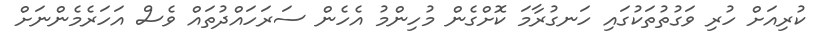
ކުރިއަށް ހުރި ވަގުތުތަކުގައި ހަނގުރާމަ ކޮށްގެން މުހިންމު އެހެން ސަރަހައްދުތައް ވެސް އަހަރެމެންނަށް